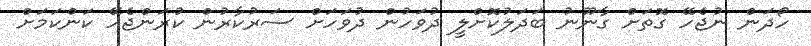
ހޯދަން ނުޖެހޭ ގޮތަށް ގާނޫނު ބަދަލުކޮށްލީ ދުވަހުން ދުވަހަށް ސަރުކާރުން ކުރަންޖެހޭ ކަންކަމަށް